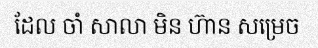
ដែល ចាំ សាលា មិន ហ៊ាន សម្រេច